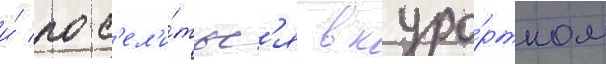
и́ пос'ел'и́тьс'я в куро́ртном